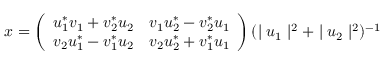
x = \left( \begin{array} { c c } { { u _ { 1 } ^ { \ast } v _ { 1 } + v _ { 2 } ^ { \ast } u _ { 2 } } } & { { v _ { 1 } u _ { 2 } ^ { \ast } - v _ { 2 } ^ { \ast } u _ { 1 } } } \\ { { v _ { 2 } u _ { 1 } ^ { \ast } - v _ { 1 } ^ { \ast } u _ { 2 } } } & { { v _ { 2 } u _ { 2 } ^ { \ast } + v _ { 1 } ^ { \ast } u _ { 1 } } } \end{array} \right) ( \mid u _ { 1 } \mid ^ { 2 } + \mid u _ { 2 } \mid ^ { 2 } ) ^ { - 1 }